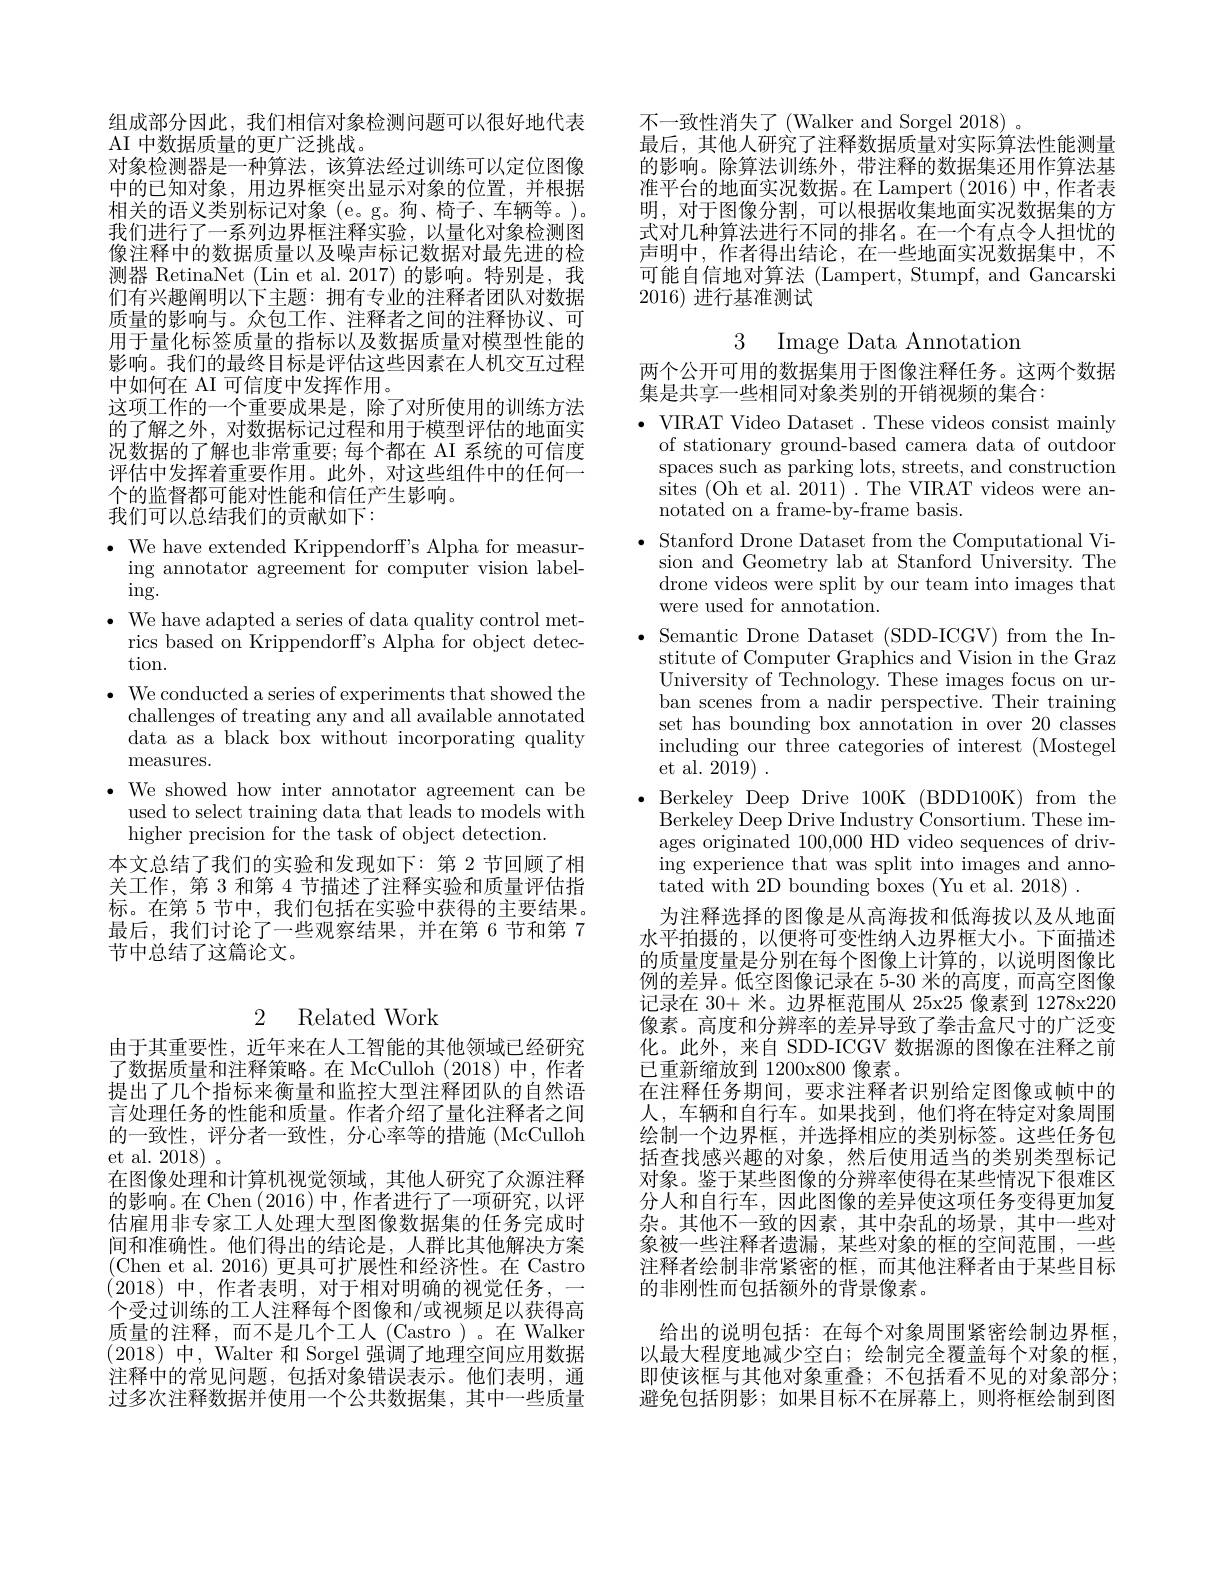
组成部分因此，我们相信对象检测问题可以很好地代表
AI 中数据质量的更广泛挑战。
对象检测器是一种算法，该算法经过训练可以定位图像中的已知对象，用边界框突出显示对象的位置，并根据相关的语义类别标记对象(e。g。狗、椅子、车辆等。)。我们进行了一系列边界框注释实验，以量化对象检测图像注释中的数据质量以及噪声标记数据对最先进的检测器 RetinaNet (Lin et al. 2017)的影响。特别是，我们有兴趣阐明以下主题：拥有专业的注释者团队对数据质量的影响与。众包工作、注释者之间的注释协议、可用于量化标签质量的指标以及数据质量对模型性能的影响。我们的最终目标是评估这些因素在人机交互过程中如何在 AI 可信度中发挥作用。
这项工作的一个重要成果是，除了对所使用的训练方法的了解之外，对数据标记过程和用于模型评估的地面实况数据的了解也非常重要；每个都在 AI 系统的可信度评估中发挥着重要作用。此外，对这些组件中的任何一个的监督都可能对性能和信任产生影响。
我们可以总结我们的贡献如下：

$\cdot$ We have extended Krippendorff's Alpha for measur-
ing annotator agreement for computer vision label-
$\operatorname{ing}.$
$\bullet$ We have adapted a series of data quality control met-
rics based on Krippendorff's Alpha for object detec-
tion.
$\bullet$ We conducted a series of experiments that showed the
challenges of treating any and all available annotated data as a black box without incorporating quality measures.
$\bullet$We showed how inter annotator agreement can be
used to select training data that leads to models with
higher precision for the task of object detection.
本文总结了我们的实验和发现如下：第 2 节回顾了相关工作，第 3 和第 4 节描述了注释实验和质量评估指标。在第 5 节中，我们包括在实验中获得的主要结果。最后，我们讨论了一些观察结果，并在第 6 节和第 7节中总结了这篇论文。

## 2 Related Work

由于其重要性，近年来在人工智能的其他领域已经研究了数据质量和注释策略。在 McCulloh (2018)中，作者提出了几个指标来衡量和监控大型注释团队的自然语言处理任务的性能和质量。作者介绍了量化注释者之间的一致性，评分者一致性，分心率等的措施 (McCulloh et al. 2018)。
在图像处理和计算机视觉领域，其他人研究了众源注释的影响。在 Chen (2016)中，作者进行了一项研究，以评估雇用非专家工人处理大型图像数据集的任务完成时间和准确性。他们得出的结论是，人群比其他解决方案(Chen et al. 2016) 更具可扩展性和经济性。在 Castro (2018)中，作者表明，对于相对明确的视觉任务，一个受过训练的工人注释每个图像和/或视频足以获得高质量的注释，而不是几个工人(Castro)。在 Walker (2018)中，Walter 和 Sorgel 强调了地理空间应用数据注释中的常见问题，包括对象错误表示。他们表明，通过多次注释数据并使用一个公共数据集，其中一些质量

不一致性消失了(Walker and Sorgel 2018) 。
最后，其他人研究了注释数据质量对实际算法性能测量的影响。除算法训练外，带注释的数据集还用作算法基准平台的地面实况数据。在 Lampert (2016)中，作者表明，对于图像分割，可以根据收集地面实况数据集的方式对几种算法进行不同的排名。在一个有点令人担忧的声明中，作者得出结论，在一些地面实况数据集中，不可能自信地对算法 (Lampert, Stumpf, and Gancarski 2016)进行基准测试

3 Image Data Annotation

两个公开可用的数据集用于图像注释任务。这两个数据
集是共享一些相同对象类别的开销视频的集合：

$\bullet$ VIRAT Video Dataset. These videos consist mainly
of stationary ground-based camera data of outdoor spaces such as parking lots, streets, and construction sites ( Oh et al. 2011) . The VIRAT videos were an- notated on a frame-by-frame basis.
$\bullet$ Stanford Drone Dataset from the Computational Vi-
sion and Geometry lab at Stanford University. The drone videos were split by our team into images that were used for annotation.
$\bullet$ Semantic Drone Dataset (SDD-ICGV) from the In-
stitute of Computer Graphics and Vision in the Graz University of Technology. These images focus on urban scenes from a nadir perspective. Their training set has bounding box annotation in over 20 classes including our three categories of interest (Mostegel et al. 2019) .
$\bullet$Berkeley Deep Drive 100K (BDD100K)from the Berkeley Deep Drive Industry $\dot{\text{Consortium. These im- }}$ ages originated 100,000 HD video sequences of driving experience that was split into images and annotated with 2D bounding boxes (Yu et al. 2018) .
为注释选择的图像是从高海拔和低海拔以及从地面水平拍摄的，以便将可变性纳人边界框大小。下面描述的质量度量是分别在每个图像上计算的，以说明图像比例的差异。低空图像记录在 5-30 米的高度，而高空图像记录在 30+ 米。边界框范围从 25x25 像素到 1278x220像素。高度和分辨率的差异导致了拳击盒尺寸的广泛变化。此外，来自 SDD-ICGV 数据源的图像在注释之前已重新缩放到 1200x800 像素。
在注释任务期间，要求注释者识别给定图像或帧中的人，车辆和自行车。如果找到，他们将在特定对象周围绘制一个边界框，并选择相应的类别标签。这些任务包括查找感兴趣的对象，然后使用适当的类别类型标记对象。鉴于某些图像的分辨率使得在某些情况下很难区分人和自行车，因此图像的差异使这项任务变得更加复杂。其他不一致的因素，其中杂乱的场景，其中一些对象被一些注释者遗漏，某些对象的框的空间范围，一些注释者绘制非常紧密的框，而其他注释者由于某些目标的非刚性而包括额外的背景像素。
给出的说明包括：在每个对象周围紧密绘制边界框， 以最大程度地减少空白；绘制完全覆盖每个对象的框， 即使该框与其他对象重叠；不包括看不见的对象部分； 避免包括阴影；如果目标不在屏幕上，则将框绘制到图